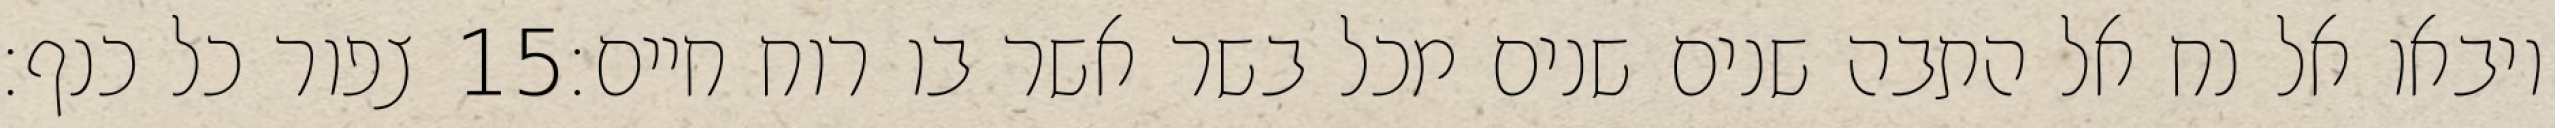
צפור כל כנף׃ ‎15‏ ויבאו אל נח אל התבה שנים שנים מכל בשר אשר בו רוח חיים׃